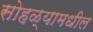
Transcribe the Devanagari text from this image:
सोहळ्यामधील